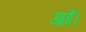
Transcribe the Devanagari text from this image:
आईँ।